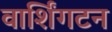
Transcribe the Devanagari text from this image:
वार्शिंगटन